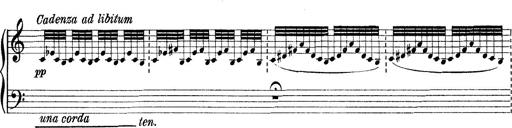
Title: Rapsodie: 19 ungheresi, 1 spagnuola
Composer: Franz Liszt